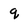
Character: q